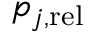
p _ { j , \mathrm { r e l } }